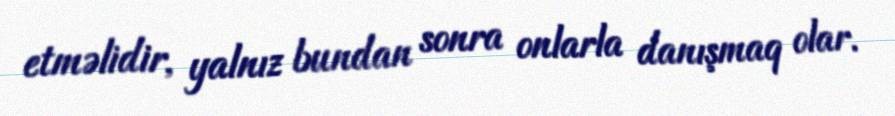
etməlidir, yalnız bundan sonra onlarla danışmaq olar.